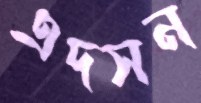
এদসন